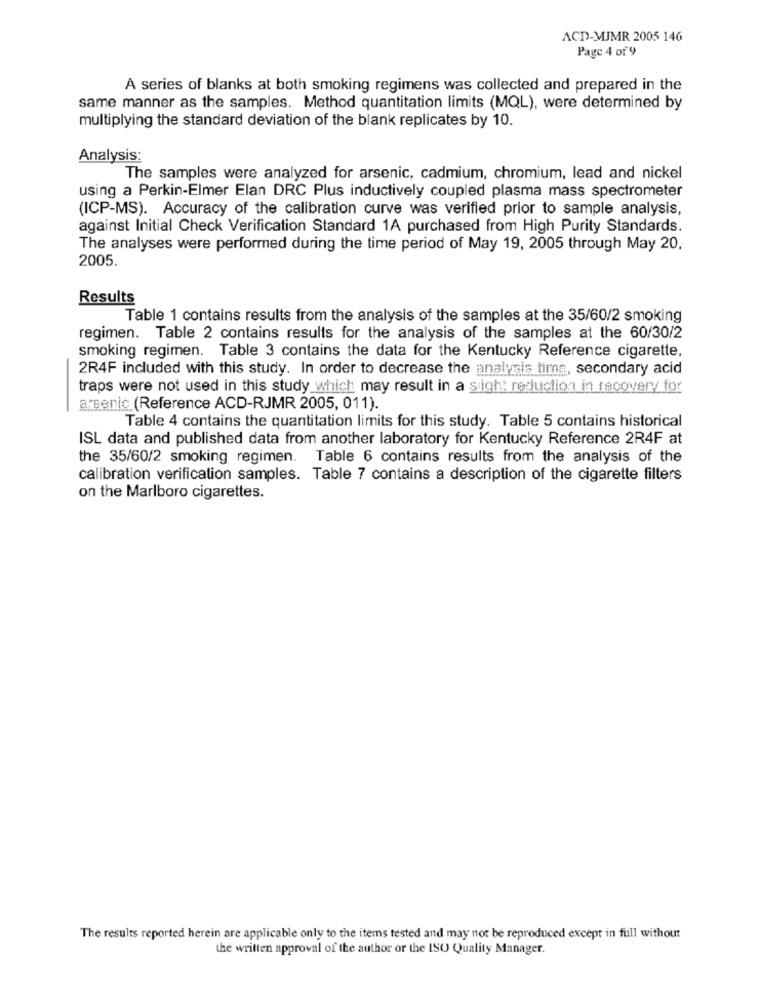
ACD-MJMR 2005 146
Page 4 of 9
A series of blanks at both smoking regimens was collected and prepared in the
same manner as the samples. Method quantitation limits (MQL), were determined by
multiplying the standard deviation of the blank replicates by 10.
Analysis:
The samples were analyzed for arsenic, cadmium, chromium, lead and nickel
using a Perkin-Elmer Elan DRC Plus inductively coupled plasma mass spectrometer
(ICP-MS). Accuracy of the calibration curve was verified prior to sample analysis,
against Initial Check Verification Standard 1A purchased from High Purity Standards.
The analyses were performed during the time period of May 19, 2005 through May 20.
2005.
Results
Table 1 contains results from the analysis of the samples at the 35/60/2 smoking
regimen. Table 2 contains results for the analysis of the samples at the 60/30/2
smoking regimen. Table 3 contains the data for the Kentucky Reference cigarette,
2R4F included with this study. In order to decrease the analysis time, secondary acid
traps were not used in this study which may result in a sigh: reduction in recovery for
arsenic (Reference ACD-RJMR 2005, 011).
Table 4 contains the quantitation limits for this study. Table 5 contains historical
ISL data and published data from another laboratory for Kentucky Reference 2R4F at
the 35/60/2 smoking regimen. Table 6 contains results from the analysis of the
calibration verification samples. Table 7 contains a description of the cigarette filters
on the Marlboro cigarettes.
The results reported herein are applicable only to the items tested and may not be reproduced except in full without
the written approval of the author or the ISO Quality Manager.